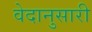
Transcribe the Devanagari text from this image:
वेदानुसारी